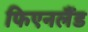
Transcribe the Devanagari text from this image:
फिएनलैंड